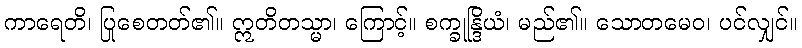
ကာရေတိ၊ ပြုစေတတ်၏။ ဣတိတသ္မာ၊ ကြောင့်။ စက္ခုန္ဒြိယံ၊ မည်၏။ သောတမေဝ၊ ပင်လျှင်။